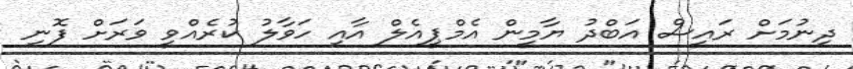
ދިނުމަށް ރައީސް އަބްދު ޔާމީން އެމްޕީއެލް އާއި ހަވާލު ކުރެއްވީ ވަރަށް ފޮނި